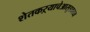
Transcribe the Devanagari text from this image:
शेतकऱ्याचेआसूडकाव्य